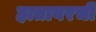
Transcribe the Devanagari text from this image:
हातावरची